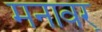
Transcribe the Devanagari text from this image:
मनावर्